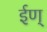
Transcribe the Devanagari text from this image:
ईण्